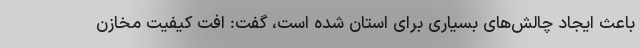
باعث ایجاد چالش‌های بسیاری برای استان شده است، گفت: افت کیفیت مخازن